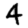
Digit: 4